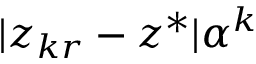
| z _ { k r } - z ^ { * } | \alpha ^ { k }